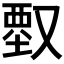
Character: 𠭱